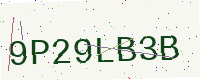
Text: 9P29LB3B